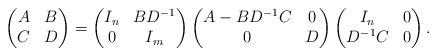
LaTeX: \begin{align*} \begin{pmatrix} A & B \\ C & D \end{pmatrix} = \begin{pmatrix} I_n & BD^{-1} \\ 0 & I_m \end{pmatrix} \begin{pmatrix} A - BD^{-1}C & 0 \\ 0 & D \end{pmatrix} \begin{pmatrix} I_n & 0 \\ D^{-1}C & 0 \end{pmatrix}. \end{align*}